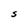
Character: s